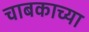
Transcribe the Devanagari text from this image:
चाबकाच्या